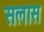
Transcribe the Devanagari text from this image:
सलास